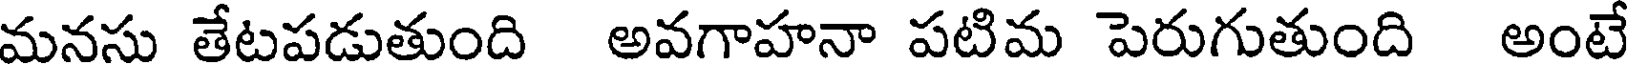
మనసు తేటపడుతుంది అవగాహనా పటిమ పెరుగుతుంది అంటే